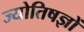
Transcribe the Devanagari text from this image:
ज्योतिषज्ञों